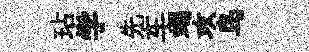
玷学先车竭攻鸟